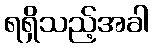
ရရှိသည့်အခါ